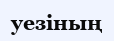
уезіның